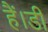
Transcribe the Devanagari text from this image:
हैं।डी